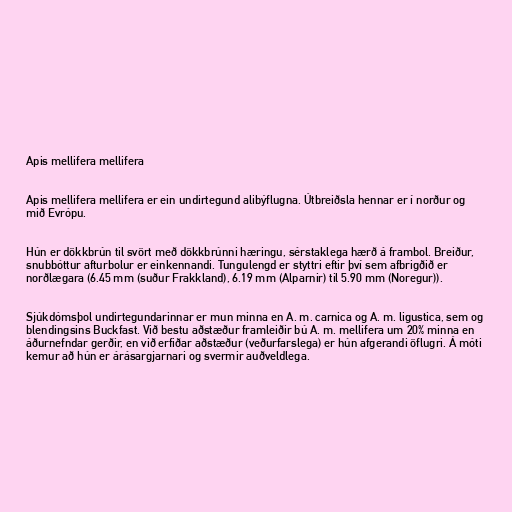
Apis mellifera mellifera

Apis mellifera mellifera er ein undirtegund alibýflugna. Útbreiðsla hennar er í norður og
mið Evrópu.

Hún er dökkbrún til svört með dökkbrúnni hæringu, sérstaklega hærð á frambol. Breiður,
snubbóttur afturbolur er einkennandi. Tungulengd er styttri eftir því sem afbrigðið er
norðlægara (6.45 mm (suður Frakkland), 6.19 mm (Alparnir) til 5.90 mm (Noregur)).

Sjúkdómsþol undirtegundarinnar er mun minna en A. m. carnica og A. m. ligustica, sem og
blendingsins Buckfast. Við bestu aðstæður framleiðir bú A. m. mellifera um 20% minna en
áðurnefndar gerðir, en við erfiðar aðstæður (veðurfarslega) er hún afgerandi öflugri. Á móti
kemur að hún er árásargjarnari og svermir auðveldlega.